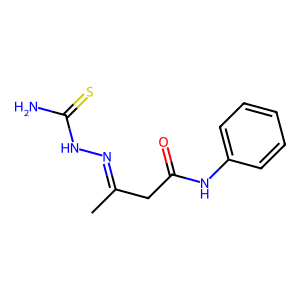
SMILES: CC(CC(=O)Nc1ccccc1)=NNC(N)=S
Inhibits HIV replication: No